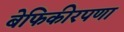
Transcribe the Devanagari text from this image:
बेफिकीरपणा